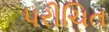
પરીચિત